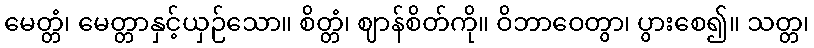
မေတ္တံ၊ မေတ္တာနှင့်ယှဉ်သော။ စိတ္တံ၊ ဈာန်စိတ်ကို။ ဝိဘာဝေတွာ၊ ပွားစေ၍။ သတ္တ၊